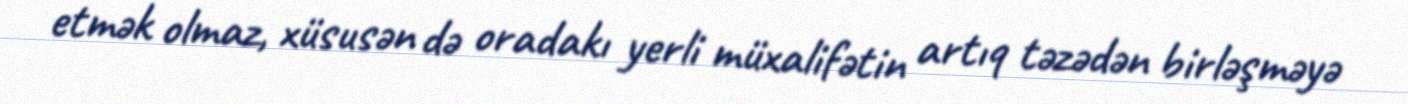
etmək olmaz, xüsusən də oradakı yerli müxalifətin artıq təzədən birləşməyə